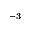
^ { - 3 }